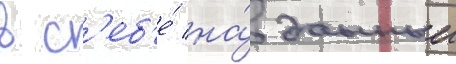
в с'еб'е́ на́ данныи